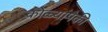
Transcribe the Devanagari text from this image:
कोळ्यांपैकी